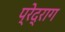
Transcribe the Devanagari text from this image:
प्रेद्राग